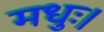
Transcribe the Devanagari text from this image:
मधुः।